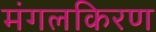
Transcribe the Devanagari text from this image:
मंगलकिरण